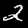
Digit: 2